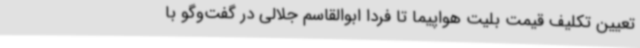
تعیین تکلیف قیمت بلیت هواپیما تا فردا ابوالقاسم جلالی در گفت‌وگو با